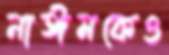
নাঈমকেও